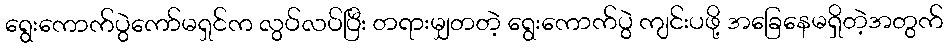
ရွေးကောက်ပွဲကော်မရှင်က လွပ်လပ်ပြီး တရားမျှတတဲ့ ရွေးကောက်ပွဲ ကျင်းပဖို့ အခြေနေမရှိတဲ့အတွက်